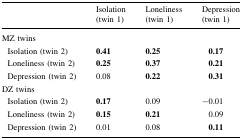
<table><thead><tr><td></td><td><b>Isolation (twin 1)</b></td><td><b>Loneliness (twin 1)</b></td><td><b>Depression (twin 1)</b></td></tr></thead><tbody><tr><td colspan="4">MZ twins</td></tr><tr><td> Isolation (twin 2)</td><td><b>0.41</b></td><td><b>0.25</b></td><td><b>0.17</b></td></tr><tr><td> Loneliness (twin 2)</td><td><b>0.25</b></td><td><b>0.37</b></td><td><b>0.21</b></td></tr><tr><td> Depression (twin 2)</td><td>0.08</td><td><b>0.22</b></td><td><b>0.31</b></td></tr><tr><td colspan="4">DZ twins</td></tr><tr><td> Isolation (twin 2)</td><td><b>0.17</b></td><td>0.09</td><td>−0.01</td></tr><tr><td> Loneliness (twin 2)</td><td><b>0.15</b></td><td><b>0.21</b></td><td>0.09</td></tr><tr><td> Depression (twin 2)</td><td>0.01</td><td>0.08</td><td><b>0.11</b></td></tr></tbody></table>